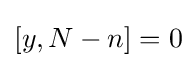
[y,N-n]=0